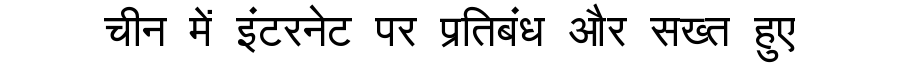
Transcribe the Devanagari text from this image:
चीन में इंटरनेट पर प्रतिबंध और सख्त हुए